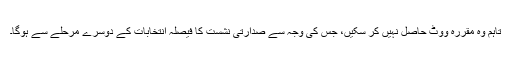
تاہم وہ مقررہ ووٹ حاصل نہیں کر سکیں، جس کی وجہ سے صدارتی نشست کا فیصلہ انتخابات کے دوسرے مرحلے سے ہوگا۔